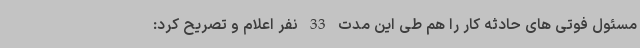
مسئول فوتی های حادثه کار را هم طی این مدت 33 نفر اعلام و تصریح کرد: